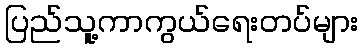
ပြည်သူ့ကာကွယ်ရေးတပ်များ